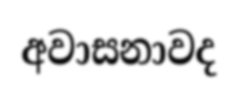
අවාසනාවද